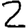
Digit: 2